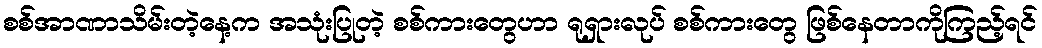
စစ်အာဏာသိမ်းတဲ့နေ့က အသုံးပြုတဲ့ စစ်ကားတွေဟာ ရုရှားလုပ် စစ်ကားတွေ ဖြစ်နေတာကိုကြည့်ရင်